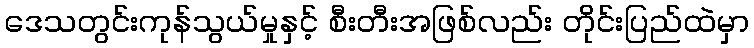
ဒေသတွင်းကုန်သွယ်မှုနှင့် စီးတီးအဖြစ်လည်း တိုင်းပြည်ထဲမှာ